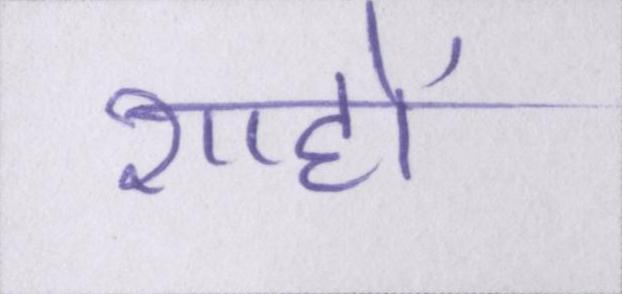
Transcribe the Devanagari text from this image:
शाहों